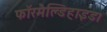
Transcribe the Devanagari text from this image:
फॉरमैल्डिहाइड।